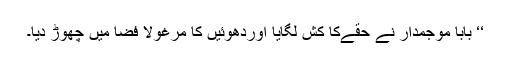
‘‘ بابا موجمدار نے حقّےکا کَش لگایا اوردھوئیں کا مرغولا فضا میں چھوڑ دیا۔